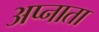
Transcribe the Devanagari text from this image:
अप्नाता